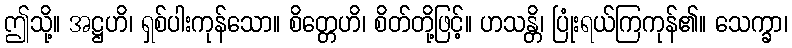
ဤသို့။ အဋ္ဌဟိ၊ ရှစ်ပါးကုန်သော။ စိတ္တေဟိ၊ စိတ်တို့ဖြင့်။ ဟသန္တိ၊ ပြုံးရယ်ကြကုန်၏။ သေက္ခာ၊